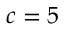
c = 5